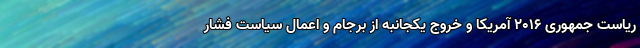
ریاست جمهوری 2016 آمریکا و خروج یکجانبه از برجام و اعمال سیاست فشار